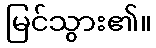
မြင်သွား၏။